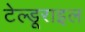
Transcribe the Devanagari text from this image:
टेल्डूराइल